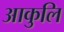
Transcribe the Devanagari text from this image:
आकुलि